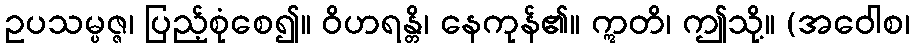
ဥပသမ္ပဇ္ဇ၊ ပြည့်စုံစေ၍။ ဝိဟရန္တိ၊ နေကုန်၏။ ဣတိ၊ ဤသို့။ (အဝေါစ၊